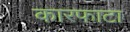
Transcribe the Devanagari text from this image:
कारफाटा